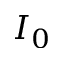
I _ { 0 }